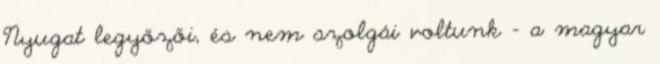
Nyugat legyőzői, és nem szolgái voltunk - a magyar